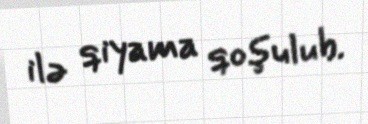
ilə qiyama qoşulub.